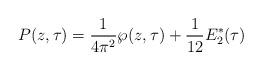
LaTeX: \begin{align*}P(z,\tau) = \frac{1}{4\pi^2}\wp(z,\tau) + \frac{1}{12}E_2^*(\tau)\end{align*}